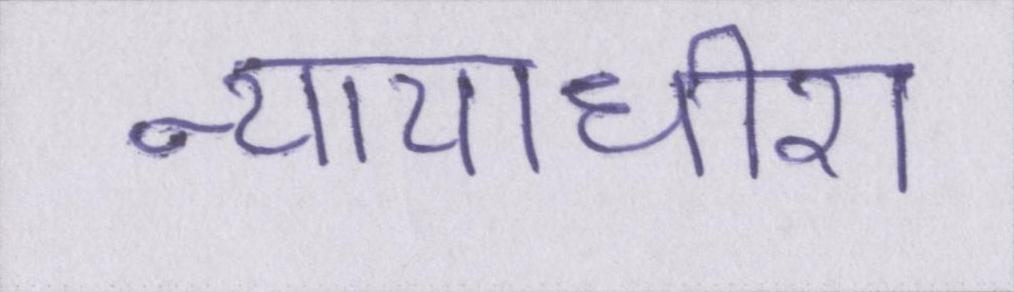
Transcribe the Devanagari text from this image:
न्यायाधीश